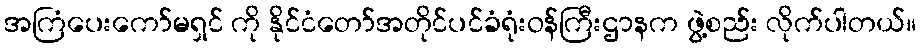
အကြံပေးကော်မရှင် ကို နိုင်ငံတော်အတိုင်ပင်ခံရုံးဝန်ကြီးဌာနက ဖွဲ့စည်း လိုက်ပါတယ်။